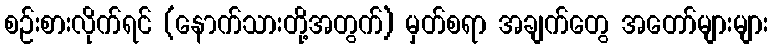
စဉ်းစားလိုက်ရင် (နောက်သားတို့အတွက်) မှတ်စရာ အချက်တွေ အတော်များများ